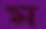
ম